Leningradi_Edasi_toimetus, lk 18
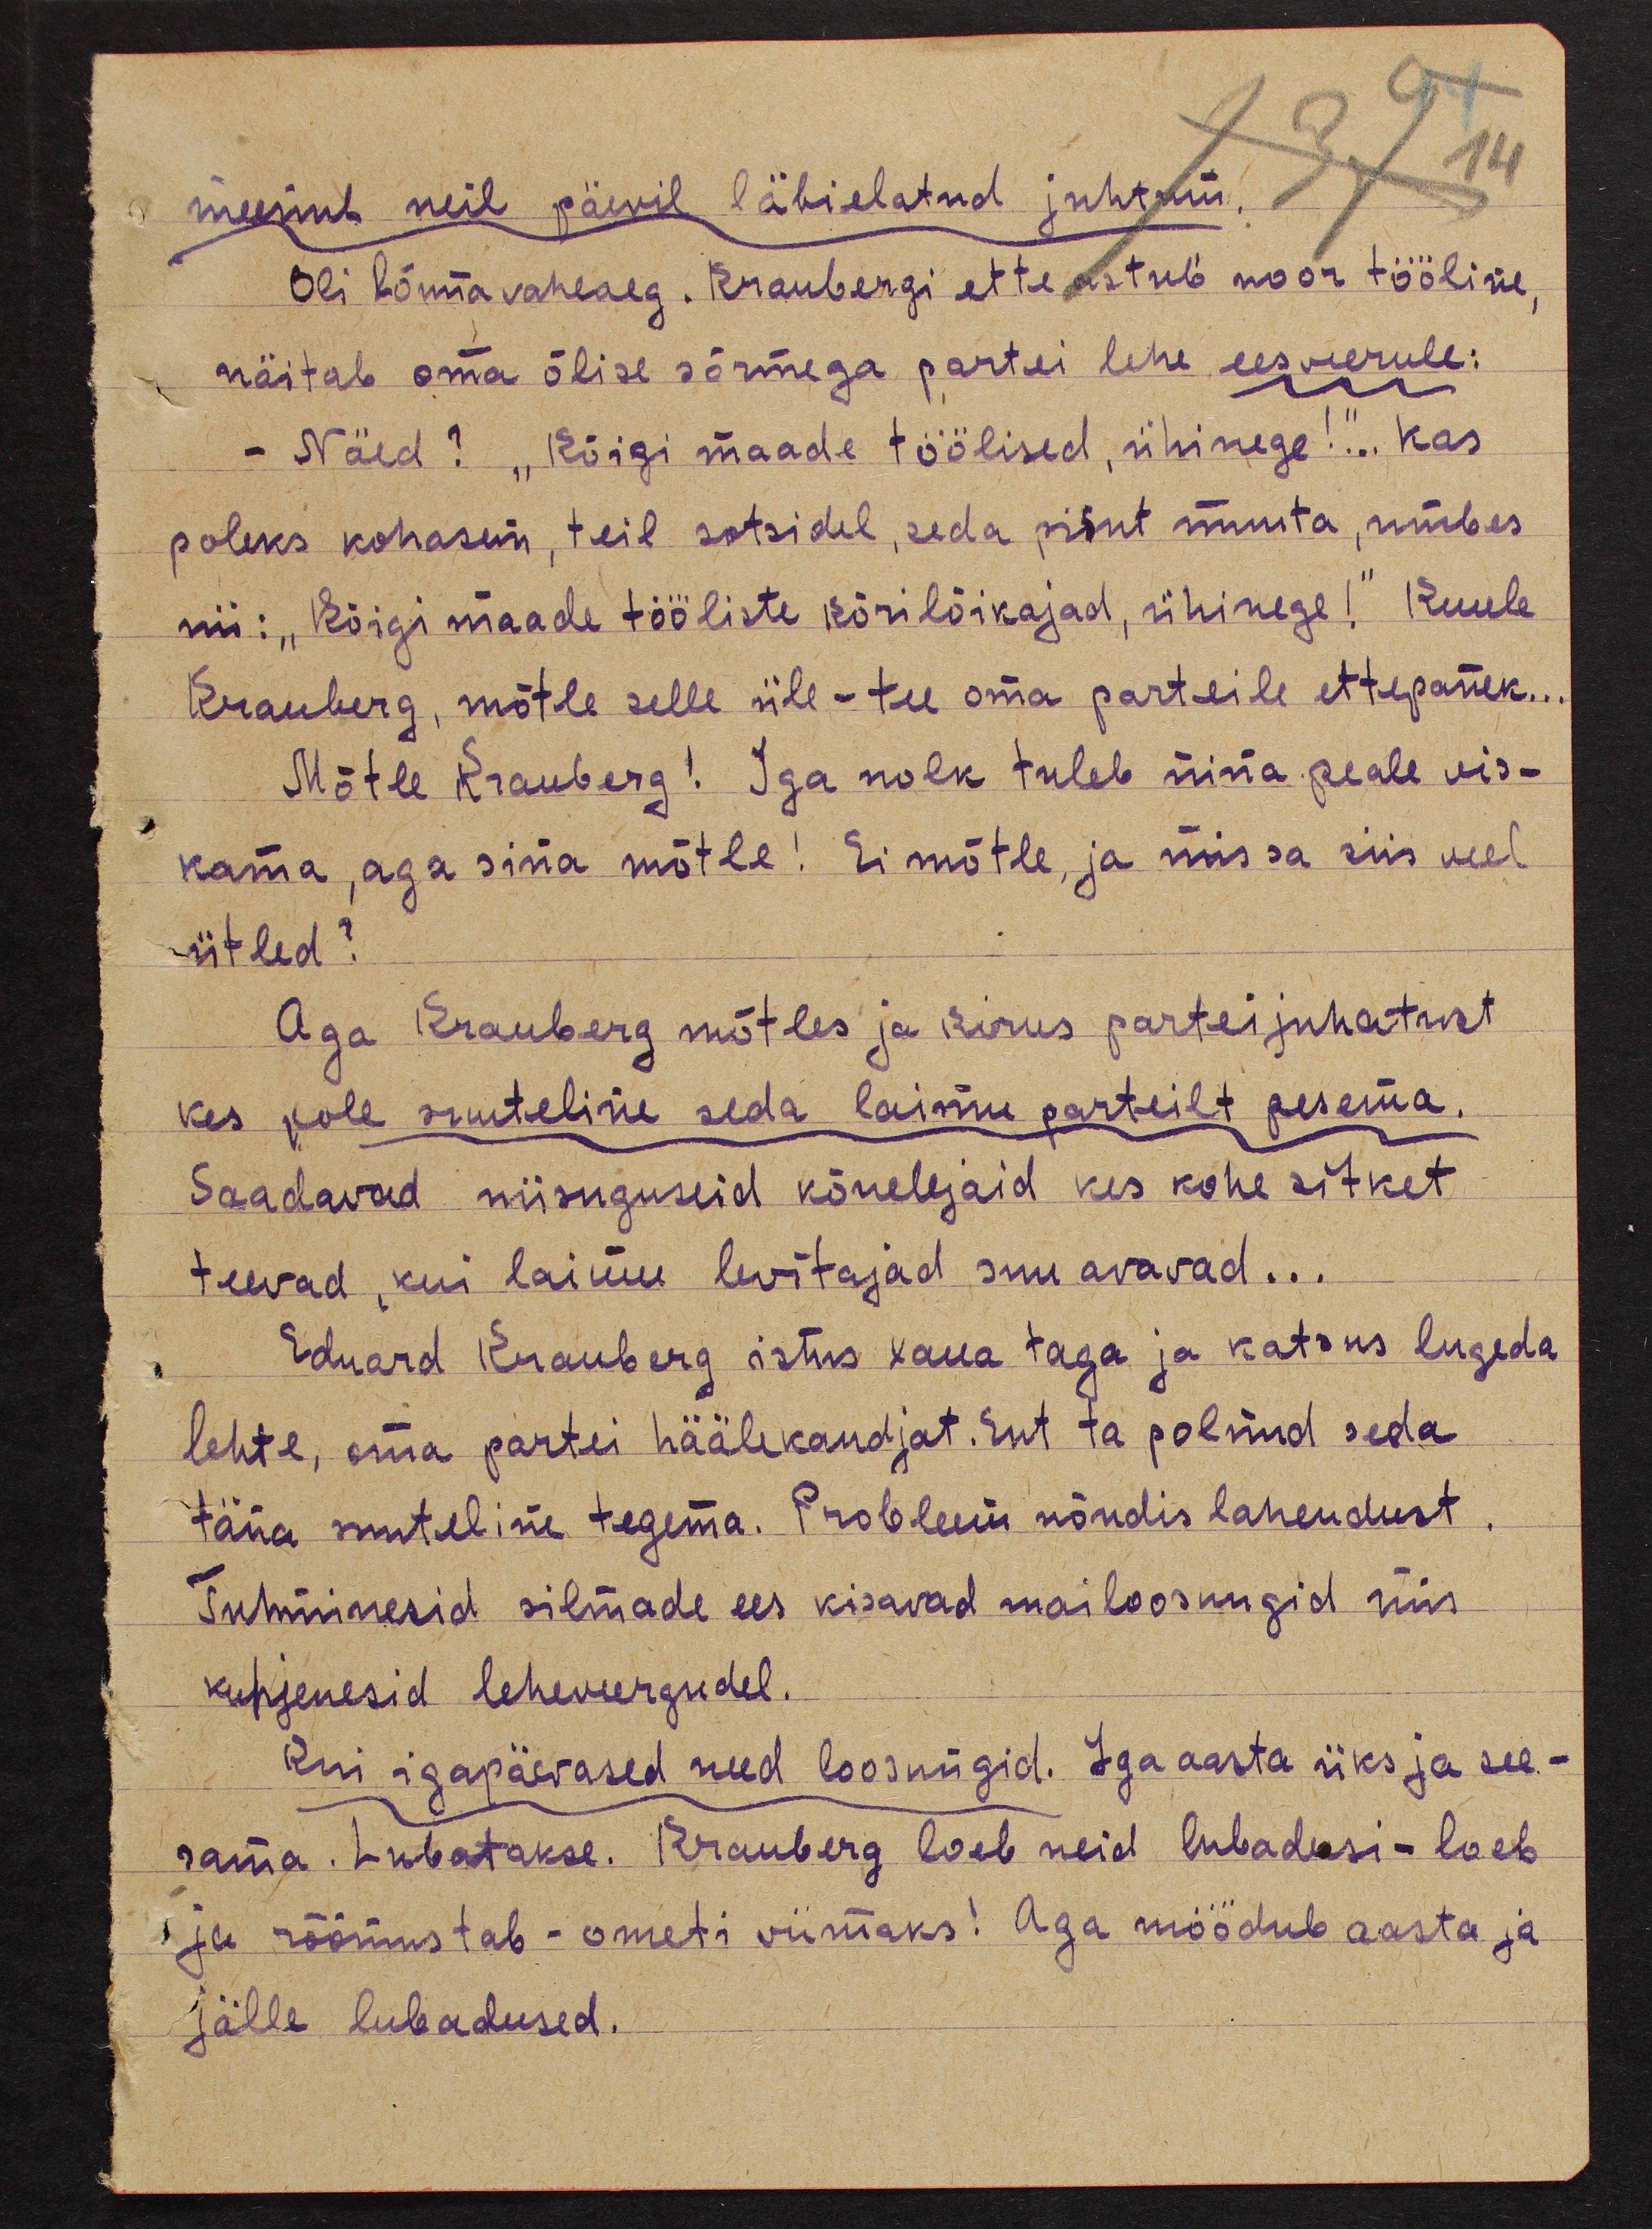
meenub neil päevil läbielatud juhtum.
Oli lõuna vaheaeg. Kraubergi ette astub noor tööline,
näitab oma õlise sõrmega partei lehe eesveerule:
- Näed? "Kõigi maade töölised, ühinege!"... kas
poleks kohasem, teil sotsidel, seda pisut muuta, umbes
nii: "Kõigi maade tööliste kõrilõikajad, ühinege!" Kuule
Krauberg, mõtle selle üle - tee oma parteile ettepanek...
Mõtle Krauberg! Iga nolk tuleb nina peale vis-
kama, aga sina mõtle! Ei mõtle, ja mis sa siis veel
ütled?
Aga Krauberg mõtles ja kirus parteijuhatust
kes pole suuteline seda laimu parteilt pesema.
Saadavad niisuguseid kõnelejaid kes kohe sitket
teevad, kui laimu levitajad suu avavad...
Eduard Krauberg istus laua taga ja katsus lugeda
lehte, oma partei häälekandjat. Ent ta polnud seda
täna suuteline tegema. Probleem nõudis lahendust
Tuhminesid silmade ees kisavad mailoosungid mis
kuhjenesid leheveergudel.
Kui igapäevased need loosungid. Iga aasta üks ja see-
sama. Lubatakse. Krauberg loeb neid lubadusi - loeb
ja rõõmustab - ometi viimaks! Aga möödub aasta ja
jälle lubadused.